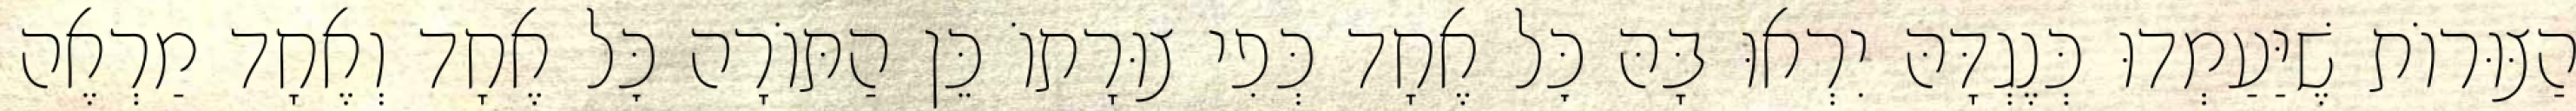
הַצּוּרוֹת שֶׁיַּעַמְדוּ כְּנֶגְדָּהּ יִרְאוּ בָּהּ כׇּל אֶחָד כְּפִי צוּרָתוֹ כֵּן הַתּוֹרָה כׇּל אֶחָד וְאֶחָד מַרְאֶה